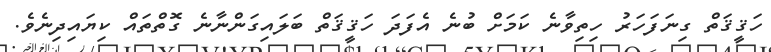
ހަޤީޤަތް ގިނަފަހަރު ހިތިވާނެ ކަމަށް ބުނެ އެފަދަ ހަޤީޤަތް ބަލައިގަންނާނެ ގޮތްތައް ކިޔައިދިނެވެ.